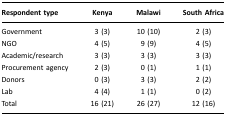
<table><thead><tr><td><b>Respondent type</b></td><td><b>Kenya</b></td><td><b>Malawi</b></td><td><b>South Africa</b></td></tr></thead><tbody><tr><td>Government</td><td>3 (3)</td><td>10 (10)</td><td>2 (3)</td></tr><tr><td>NGO</td><td>4 (5)</td><td>9 (9)</td><td>4 (5)</td></tr><tr><td>Academic/research</td><td>3 (3)</td><td>3 (3)</td><td>3 (3)</td></tr><tr><td>Procurement agency</td><td>2 (3)</td><td>0 (1)</td><td>1 (1)</td></tr><tr><td>Donors</td><td>0 (3)</td><td>3 (3)</td><td>2 (2)</td></tr><tr><td>Lab</td><td>4 (4)</td><td>1 (1)</td><td>0 (2)</td></tr><tr><td>Total</td><td>16 (21)</td><td>26 (27)</td><td>12 (16)</td></tr></tbody></table>